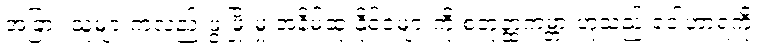
အခြား သူများကလည်းဖွံ့ဖြိုးမှု အနိမ့်ဆုံးနိုင်ငံများကို စတုတ္ထကမ္ဘာ ဟူသည့် ဝေါဟာရကို